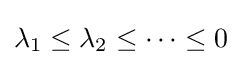
\lambda _{1}\leq \lambda _{2}\leq \dots \leq 0